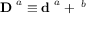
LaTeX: \mathbf { D \Omega } ^ { a } \equiv \mathbf { d \Omega } ^ { a } + \mathbf { \Omega } ^ { b }